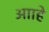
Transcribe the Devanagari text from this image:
आाहे